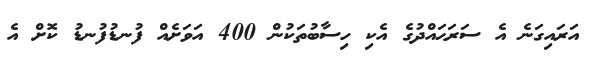
އަރައިގަނެ އެ ސަރަޙައްދުގެ އެކި ހިސާބުތަކުން 400 އަވަށެއް ފުނޑުފުނޑު ކޮށް އެ